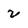
Character: 2